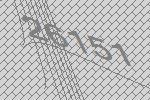
26151